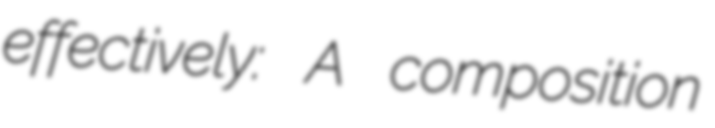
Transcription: effectively: A composition